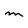
Character: M